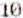
10